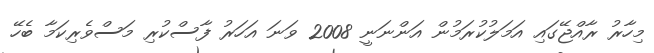
މިހާރު ރާއްޖޭގައި އަމަލުކުރަމުން އަންނަނީ 2008 ވަނަ އަހަރު ފާސްކުރި މަސްވެރިކަމާ ބެހޭ